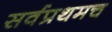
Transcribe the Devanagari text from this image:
सर्वप्रथमच